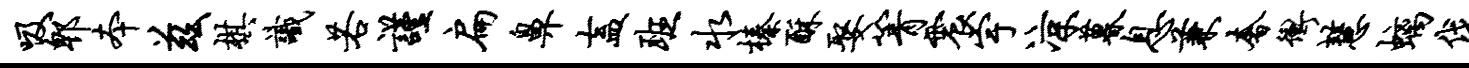
吸郫本兹棋识若谨扁鼻盍班水榛酥娶箐震宇凉暮息兼奢冲慧螭伐